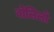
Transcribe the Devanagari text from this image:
बोलिलों